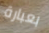
بعبارة